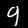
Digit: 9